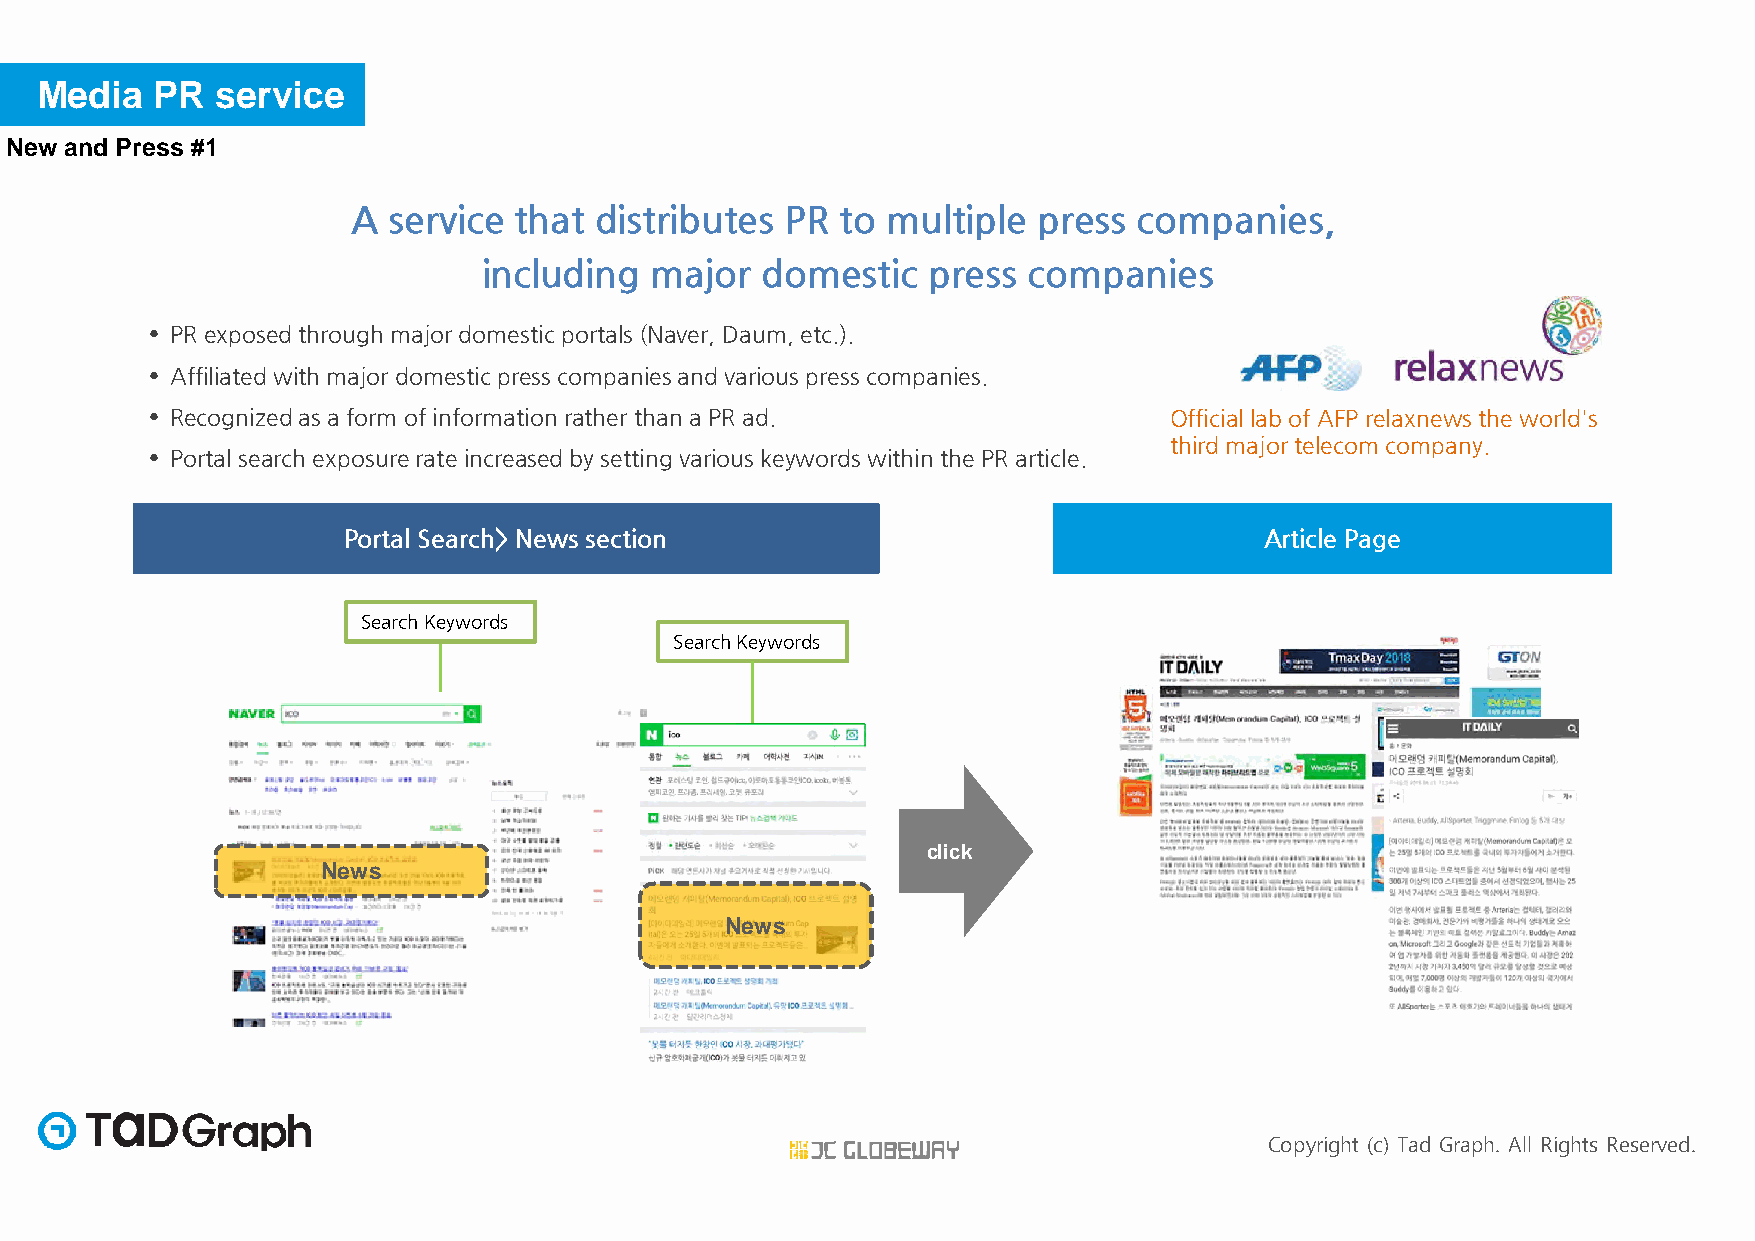
Media   PR  service
 New and Press #1
 AA sseerrvviiccee tthhaatt ddiissttrriibbuutteess PPRR ttoo mmuullttiippllee pprreessss ccoommppaanniieess,,
 iinncclluuddiinngg mmaajjoorr ddoommeessttiicc pprreessss ccoommppaanniieess
 • PR exposedthroughmajordomesticportals(Naver, Daum, etc.).
 • AAffffiilliiaatteedd wwiitthh mmaajjoorrddoommeessttiiccpprreessssccoommppaanniieessaanndd vvaarriioouusspprreessssccoommppaanniieess..
 • Recognizedasa form ofinformationrather than a PR ad.             Officiallab of AFPrelaxnews the world's
 thirdmajortelecomcompany.
 • PPoorrttaall sseeaarrcchh eexxppoossuurreerraattee iinnccrreeaasseeddbbyy sseettttiinngg vvaarriioouusskkeeyywwoorrddsswwiitthhiinntthhee PPRR aarrttiiccllee..
 Portal Search> News section                                  Article Page
 SSeeaarrcchhKKeeyywwoorrddss
 SearchKeywords
 click
 News
 News
 Copyright (c) Tad Graph. All Rights Reserved.